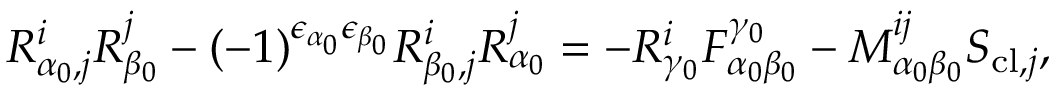
R _ { \alpha _ { 0 } , j } ^ { i } R _ { \beta _ { 0 } } ^ { j } - ( - 1 ) ^ { \epsilon _ { \alpha _ { 0 } } \epsilon _ { \beta _ { 0 } } } R _ { \beta _ { 0 } , j } ^ { i } R _ { \alpha _ { 0 } } ^ { j } = - R _ { \gamma _ { 0 } } ^ { i } F _ { \alpha _ { 0 } \beta _ { 0 } } ^ { \gamma _ { 0 } } - M _ { \alpha _ { 0 } \beta _ { 0 } } ^ { i j } S _ { \mathrm { c l } , j } ,